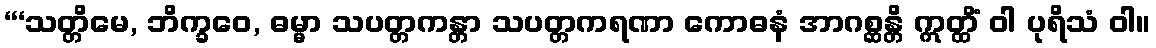
“‘သတ္တိမေ, ဘိက္ခဝေ, ဓမ္မာ သပတ္တကန္တာ သပတ္တကရဏာ ကောဓနံ အာဂစ္ဆန္တိ ဣတ္ထိံ ဝါ ပုရိသံ ဝါ။